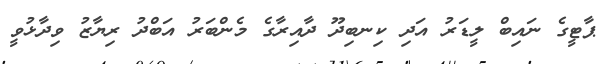
ޕާޓީގެ ނައިބް ލީޑަރު އަދި ކިނބިދޫ ދާއިރާގެ މެންބަރު އަބްދު ރިޔާޒު ވިދާޅުވީ